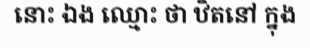
នោះ ឯង ឈ្មោះ ថា ឋិតនៅ ក្នុង